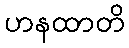
ဟနထာတိ